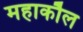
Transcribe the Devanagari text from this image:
महाकौल